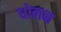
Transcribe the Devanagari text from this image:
धोलन